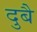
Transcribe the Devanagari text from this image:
दुबै